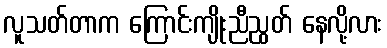
လူသတ်တာက ကြောင်းကျိုးညီညွတ် နေလို့လား